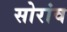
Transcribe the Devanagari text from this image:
सोरांव